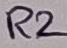
Text: R2